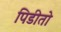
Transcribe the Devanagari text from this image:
पिडीतो